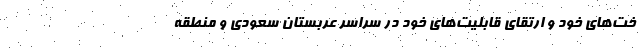
خت‌های خود و ارتقای قابلیت‌های خود در سراسر عربستان سعودی و منطقه